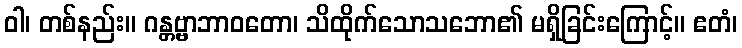
ဝါ၊ တစ်နည်း။ ဂန္တဗ္ဗာဘာဝတော၊ သိထိုက်သောသဘော၏ မရှိခြင်းကြောင့်။ ဧတံ၊